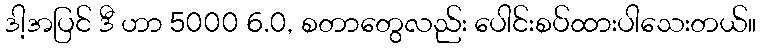
ဒါ့အပြင် ဒီ ဟာ 5000 6.0, စတာတွေလည်း ပေါင်းစပ်ထားပါသေးတယ်။